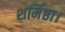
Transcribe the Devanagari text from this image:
शर्मिष्ठा।